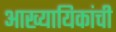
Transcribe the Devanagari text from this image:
आख्यायिकांची